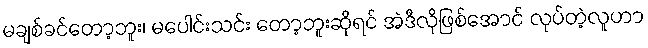
မချစ်ခင်တော့ဘူး၊ မပေါင်းသင်း တော့ဘူးဆိုရင် အဲဒီလိုဖြစ်အောင် လုပ်တဲ့လူဟာ